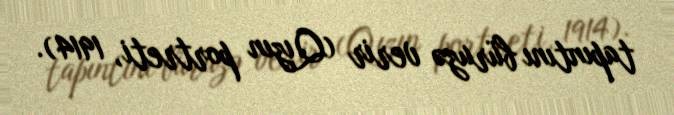
tapıntını büruzə verir (Qızın portreti, 1914).